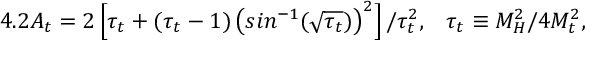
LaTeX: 4 . 2 A _ { t } = 2 \left[ \tau _ { t } + ( \tau _ { t } - 1 ) \left( s i n ^ { - 1 } ( \sqrt { \tau _ { t } } ) \right) ^ { 2 } \right] / \tau _ { t } ^ { 2 } , \; \; \; \tau _ { t } \equiv M _ { H } ^ { 2 } / 4 M _ { t } ^ { 2 } ,